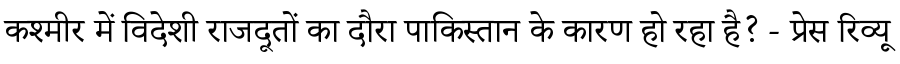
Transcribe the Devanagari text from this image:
कश्मीर में विदेशी राजदूतों का दौरा पाकिस्तान के कारण हो रहा है? - प्रेस रिव्यू